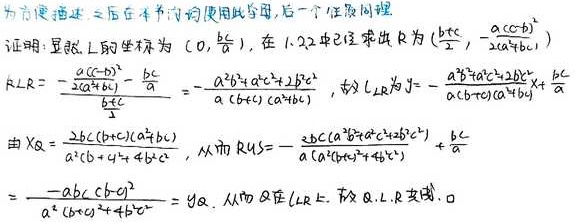
证明：显然 \( L \) 的坐标为 \( (0,\frac{bc}{a}) \)，在 \( 1.22 \) 中已证得 \( R \) 为 \( (\frac{b + c}{2},\frac{-a(c - b)^2}{2a(b + c)}) \)，
\[
k_{LR}=\frac{\frac{-a(c - b)^2}{2a(b + c)}-\frac{bc}{a}}{\frac{b + c}{2}}=\frac{-a^2b^2 + ac^2+2bc^2}{a(b + c)(a^2 + bc)}
\]
，故 \( L \) 方程为 \( y=\frac{-a^2b^2 + ac^2+2bc^2}{a(b + c)(a^2 + bc)}x+\frac{bc}{a} \)。
由 \( X_Q=\frac{2bc(b + c)(a^2 + bc)}{a(b^2 + c^2)+4bc^2} \)，从而 \( k_{RQ}=\frac{2bc(a^2b^2 + ac^2+2bc^2)}{a(b^2 + c^2)+4bc^2}+\frac{bc}{a} \)
\[
=\frac{-abc + c - a^2}{a^2(b + c)^2+4b^2c^2}=y_Q
\]
，从而 \( Q \) 在 \( LR \) 上，故 \( Q,L,R \) 共线。